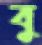
বু